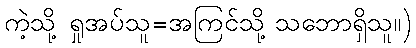
ကဲ့သို့ ရှုအပ်သူ=အကြင်သို့ သဘောရှိသူ။)